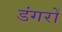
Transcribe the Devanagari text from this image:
डंगरों